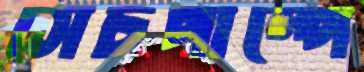
সেচপাম্পে